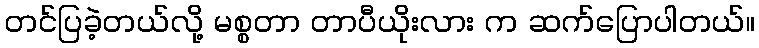
တင်ပြခဲ့တယ်လို့ မစ္စတာ တာပီယိုးလား က ဆက်ပြောပါတယ်။